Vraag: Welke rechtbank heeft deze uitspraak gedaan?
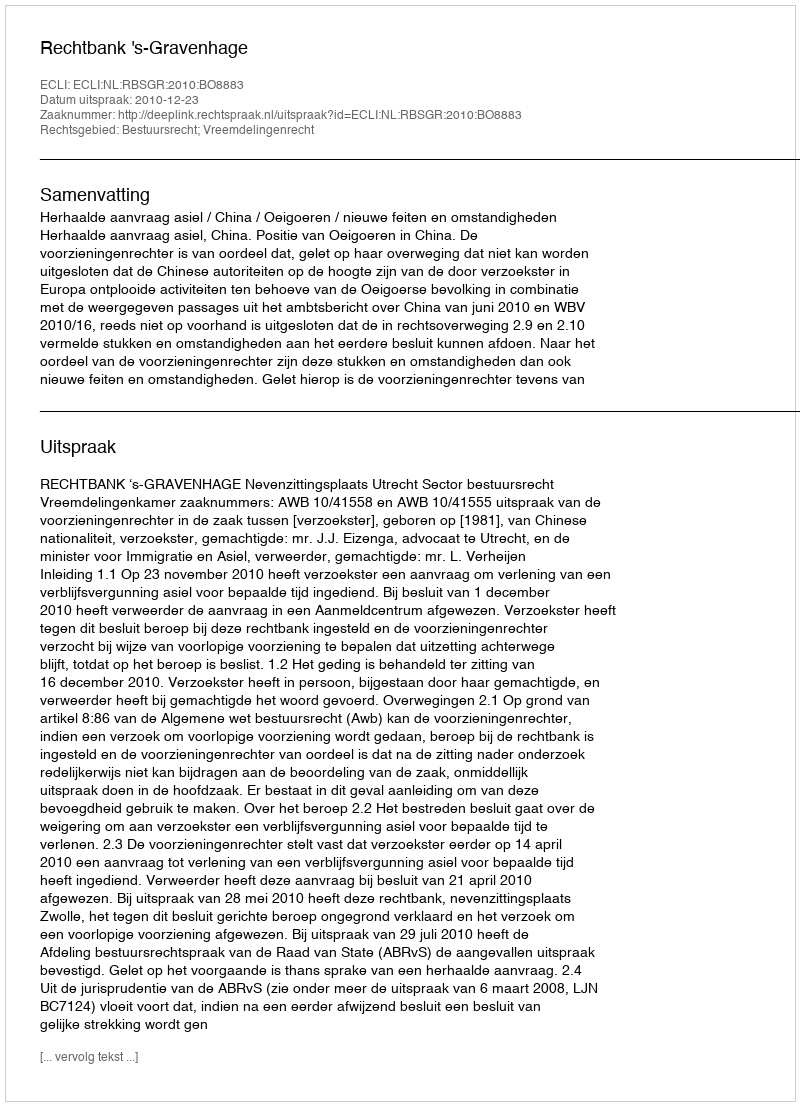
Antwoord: Rechtbank 's-Gravenhage